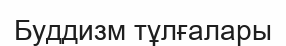
Буддизм тұлғалары